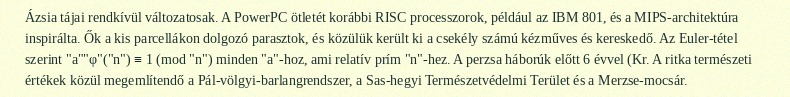
Ázsia tájai rendkívül változatosak. A PowerPC ötletét korábbi RISC processzorok, például az IBM 801, és a MIPS-architektúra inspirálta. Ők a kis parcellákon dolgozó parasztok, és közülük került ki a csekély számú kézműves és kereskedő. Az Euler-tétel szerint "a""φ"("n") ≡ 1 (mod "n") minden "a"-hoz, ami relatív prím "n"-hez. A perzsa háborúk előtt 6 évvel (Kr. A ritka természeti értékek közül megemlítendő a Pál-völgyi-barlangrendszer, a Sas-hegyi Természetvédelmi Terület és a Merzse-mocsár.